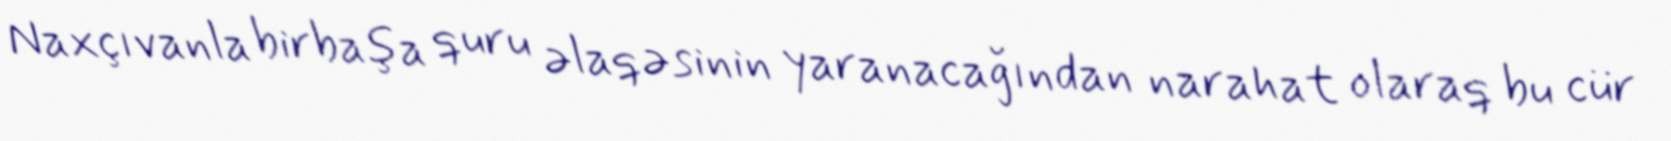
Naxçıvanla birbaşa quru əlaqəsinin yaranacağından narahat olaraq bu cür